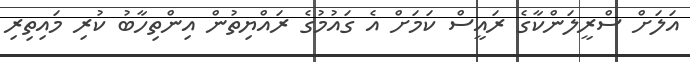
އަލަށް ސްރީލަންކާގެ ރައީސް ކަމަށް އެ ގައުމުގެ ރައްޔިތުން އިންތިހާބު ކުރި މައިތިރި